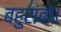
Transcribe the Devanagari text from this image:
बहुसंबंध